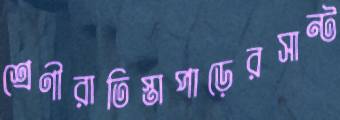
শ্রেণীরাতিস্তাপাড়েরসান্ট